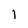
Character: 1